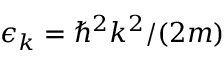
\epsilon _ { k } = \hbar ^ { 2 } k ^ { 2 } / ( 2 m )